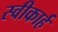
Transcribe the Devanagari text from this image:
स्वीकार्ह